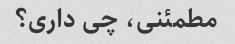
مطمئنی، چی داری؟